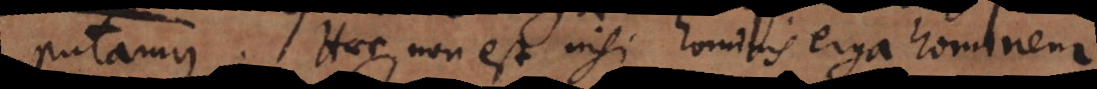
putamus. Haec non est nisi hominis erga hominem.